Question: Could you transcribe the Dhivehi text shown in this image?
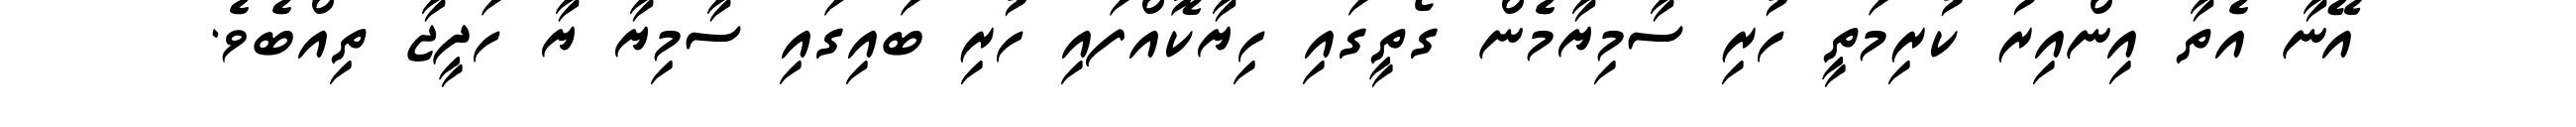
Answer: އޭނާ އެތާ އިންއިރު ކުރިމަތީ ހުރި ސާމިޔާމެން ގޯތީގައި ހިޔާކޮއްފައި ހުރި ބައިގައި ސާމިޔާ ޔާ ހަދީޖާ ތިއްބެވެ.